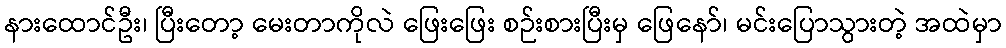
နားထောင်ဦး၊ ပြီးတော့ မေးတာကိုလဲ ဖြေးဖြေး စဉ်းစားပြီးမှ ဖြေနော်၊ မင်းပြောသွားတဲ့ အထဲမှာ